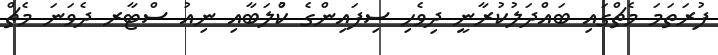
ފުރަތަމަ މެޗްގައި ބައްދަލުކުރާނީ ދިވެހި ސިފައިންގެ ކުްލަބާއި ނިއު ސްޓާރ ދެވަނަ މެޗް